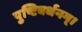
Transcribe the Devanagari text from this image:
पुष्टिवर्धनम्।